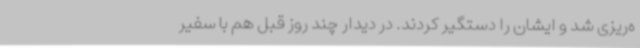
ه‌ریزی شد و ایشان را دستگیر کردند. در دیدار چند روز قبل هم با سفیر